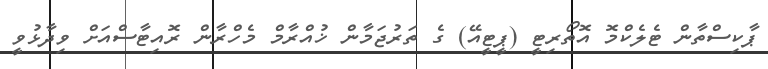
ޕާކިސްތާން ޓެލެކްމޮ އޮތޯރިޓީ (ޕީޓީއޭ) ގެ ތަރުޖަމާން ޚުއްރާމް މެހްރާން ރޮއިޓާސްއަށް ވިދާޅުވީ